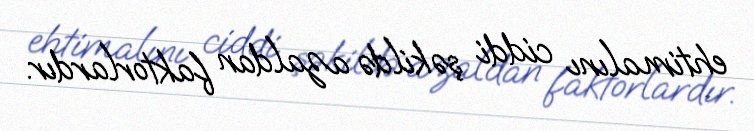
ehtimalını ciddi şəkildə azaldan faktorlardır.